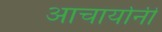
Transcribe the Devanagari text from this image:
आचार्यानी